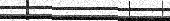
٦٤